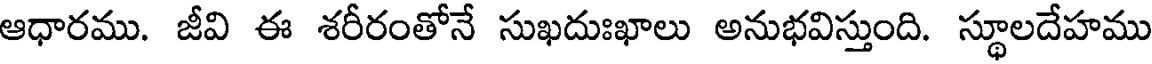
ఆధారము. జీవి ఈ శరీరంతోనే సుఖదుఃఖాలు అనుభవిస్తుంది. స్థూలదేహము